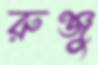
রুঞ্জু